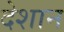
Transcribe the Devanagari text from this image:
देशान